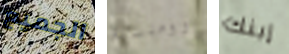
الجميع رومنسية إبنك